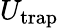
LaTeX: U_{\mathrm{trap}}